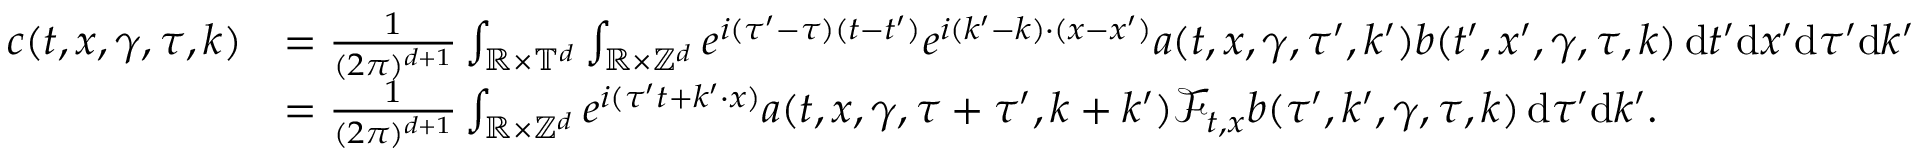
\begin{array} { r l } { c ( t , x , \gamma , \tau , k ) } & { = \frac { 1 } { ( 2 \pi ) ^ { d + 1 } } \int _ { \mathbb R \times \mathbb T ^ { d } } \int _ { \mathbb R \times \mathbb Z ^ { d } } e ^ { i ( \tau ^ { \prime } - \tau ) ( t - t ^ { \prime } ) } e ^ { i ( k ^ { \prime } - k ) \cdot ( x - x ^ { \prime } ) } a ( t , x , \gamma , \tau ^ { \prime } , k ^ { \prime } ) b ( t ^ { \prime } , x ^ { \prime } , \gamma , \tau , k ) \, \mathrm { d } t ^ { \prime } \mathrm { d } x ^ { \prime } \mathrm { d } \tau ^ { \prime } \mathrm { d } k ^ { \prime } } \\ & { = \frac { 1 } { ( 2 \pi ) ^ { d + 1 } } \int _ { \mathbb R \times \mathbb Z ^ { d } } e ^ { i ( \tau ^ { \prime } t + k ^ { \prime } \cdot x ) } a ( t , x , \gamma , \tau + \tau ^ { \prime } , k + k ^ { \prime } ) \mathcal { F } _ { t , x } b ( \tau ^ { \prime } , k ^ { \prime } , \gamma , \tau , k ) \, \mathrm { d } \tau ^ { \prime } \mathrm { d } k ^ { \prime } . } \end{array}